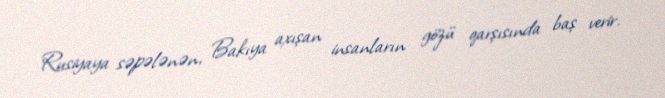
Rusiyaya səpələnən, Bakıya axışan insanların gözü qarşısında baş verir.